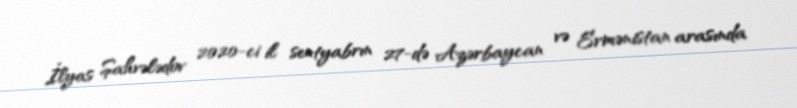
İlyas Şahvələdov 2020-ci il sentyabrın 27-də Azərbaycan və Ermənistan arasında